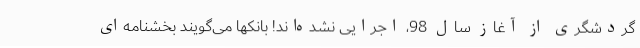
گردشگری از آغاز سال 98، اجرایی نشده‌اند! بانکها می‌گویند بخشنامه‌ای